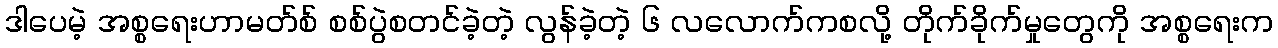
ဒါပေမဲ့ အစ္စရေးဟာမတ်စ် စစ်ပွဲစတင်ခဲ့တဲ့ လွန်ခဲ့တဲ့ ၆ လလောက်ကစလို့ တိုက်ခိုက်မှုတွေကို အစ္စရေးက